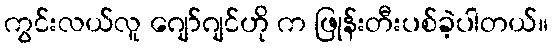
ကွင်းလယ်လူ ဂျော်ဂျင်ဟို က ဖြုန်းတီးပစ်ခဲ့ပါတယ်။